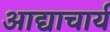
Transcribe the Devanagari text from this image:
आद्याचार्य